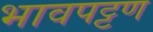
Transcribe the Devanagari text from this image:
भावपट्टण